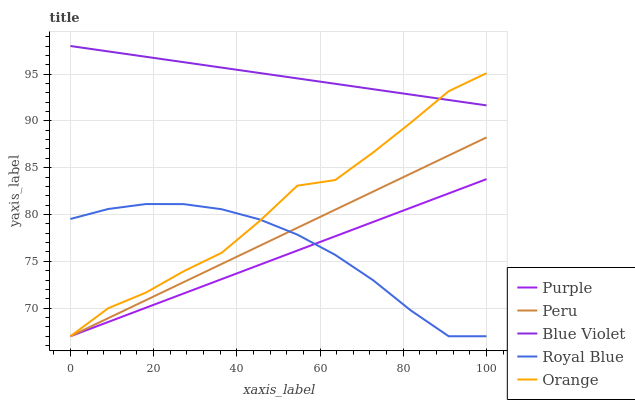
| xaxis_label | Purple | Peru | Blue Violet | Royal Blue | Orange |
 | --- | --- | --- | --- | --- | --- |
 | 0 | 67 | 67 | 98 | 79.5 | 67 |
 | 9.09 | 68.5 | 68.9 | 97.4 | 80.6 | 70 |
 | 18.2 | 70.1 | 70.9 | 96.8 | 81.1 | 71.7 |
 | 27.3 | 71.6 | 72.8 | 96.3 | 81.1 | 74 |
 | 36.4 | 73.1 | 74.7 | 95.7 | 80.6 | 75.9 |
 | 45.5 | 74.6 | 76.7 | 95.1 | 79.5 | 79.3 |
 | 54.5 | 76.2 | 78.6 | 94.5 | 77.9 | 83.1 |
 | 63.6 | 77.7 | 80.5 | 94 | 75.7 | 83.7 |
 | 72.7 | 79.2 | 82.4 | 93.4 | 73 | 86.6 |
 | 81.8 | 80.7 | 84.4 | 92.8 | 69.8 | 89.8 |
 | 90.9 | 82.3 | 86.3 | 92.2 | 67 | 93.2 |
 | 100 | 83.8 | 88.2 | 91.7 | 67 | 95.1 |